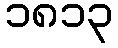
၁၈၁၃